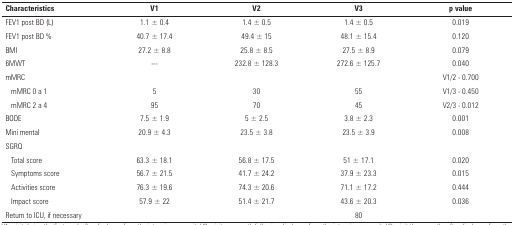
<table><thead><tr><td><b>Characteristics</b></td><td><b>V1</b></td><td><b>V2</b></td><td><b>V3</b></td><td><b>p value</b></td></tr></thead><tbody><tr><td>FEV1 post BD (L)</td><td>1.1 ± 0.4</td><td>1.4 ± 0.5</td><td>1.4 ± 0.5</td><td>0.019</td></tr><tr><td>FEV1 post BD %</td><td>40.7 ± 17.4</td><td>49.4 ± 15</td><td>48.1 ± 15.4</td><td>0.120</td></tr><tr><td>BMI</td><td>27.2 ± 8.8</td><td>25.8 ± 8.5</td><td>27.5 ± 8.9</td><td>0.079</td></tr><tr><td>6MWT</td><td>---</td><td>232.8 ± 128.3</td><td>272.6 ± 125.7</td><td>0.040</td></tr><tr><td>mMRC</td><td> </td><td> </td><td> </td><td>V1/2 - 0.700</td></tr><tr><td>mMRC 0 a 1</td><td>5</td><td>30</td><td>55</td><td>V1/3 - 0.450</td></tr><tr><td>mMRC 2 a 4</td><td>95</td><td>70</td><td>45</td><td>V2/3 - 0.012</td></tr><tr><td>BODE</td><td>7.5 ± 1.9</td><td>5 ± 2.5</td><td>3.8 ± 2.3</td><td>0.001</td></tr><tr><td>Mini mental</td><td>20.9 ± 4.3</td><td>23.5 ± 3.8</td><td>23.5 ± 3.9</td><td>0.008</td></tr><tr><td>SGRQ</td><td> </td><td> </td><td> </td><td> </td></tr><tr><td>Total score</td><td>63.3 ± 18.1</td><td>56.8 ± 17.5</td><td>51 ± 17.1</td><td>0.020</td></tr><tr><td>Symptoms score</td><td>56.7 ± 21.5</td><td>41.7 ± 24.2</td><td>37.9 ± 23.3</td><td>0.015</td></tr><tr><td>Activities score</td><td>76.3 ± 19.6</td><td>74.3 ± 20.6</td><td>71.1 ± 17.2</td><td>0.444</td></tr><tr><td>Impact score</td><td>57.9 ± 22</td><td>51.4 ± 21.7</td><td>43.6 ± 20.3</td><td>0.036</td></tr><tr><td>Return to ICU, if necessary</td><td> </td><td> </td><td>80</td><td> </td></tr></tbody></table>